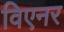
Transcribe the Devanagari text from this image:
विएनर